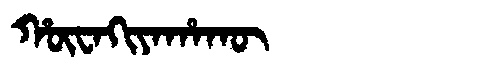
Manchu: ᡥᡡᠸᠠᡴᡳᠶᠠᡥᠠᡴᡡ
Romanization: HŪWAKIYAHAKŪ